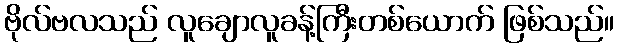
ဗိုလ်ဗလသည် လူချောလူခန့်ကြီးတစ်ယောက် ဖြစ်သည်။